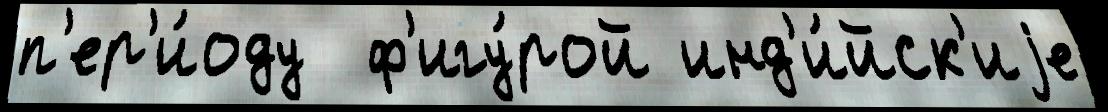
п'ер'и́оду  ф'игу́рой инд'и́йск'иjе